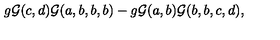
g { \cal G } ( c , d ) { \cal G } ( a , b , b , b ) - g { \cal G } ( a , b ) { \cal G } ( b , b , c , d ) ,